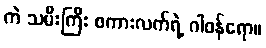
ကဲ သမီးကြီး စကားလက်ရဲ့ ဂါဝန်ရော။